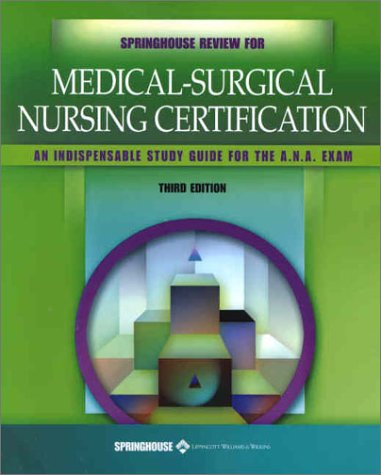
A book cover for Springhouse Review for Medical-Surgical Nursing Certification; Springhouse; Medical Books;